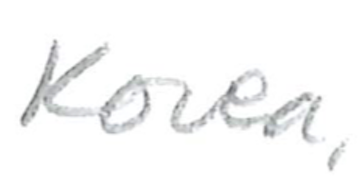
Text: Korea,
Cross-out: clean
Writing tool: pencil